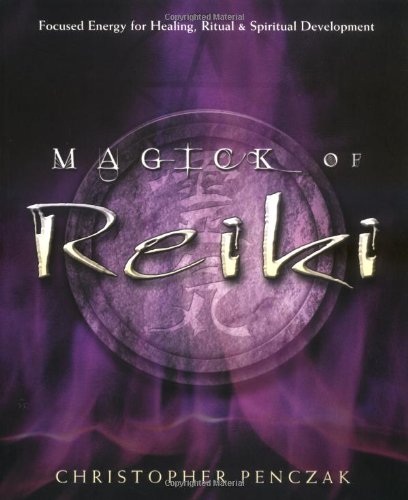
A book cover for Magick of Reiki: Focused Energy for Healing, Ritual, & Spiritual Development; Christopher Penczak; Health, Fitness & Dieting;